Indian Civil Veterinary Department memoirs
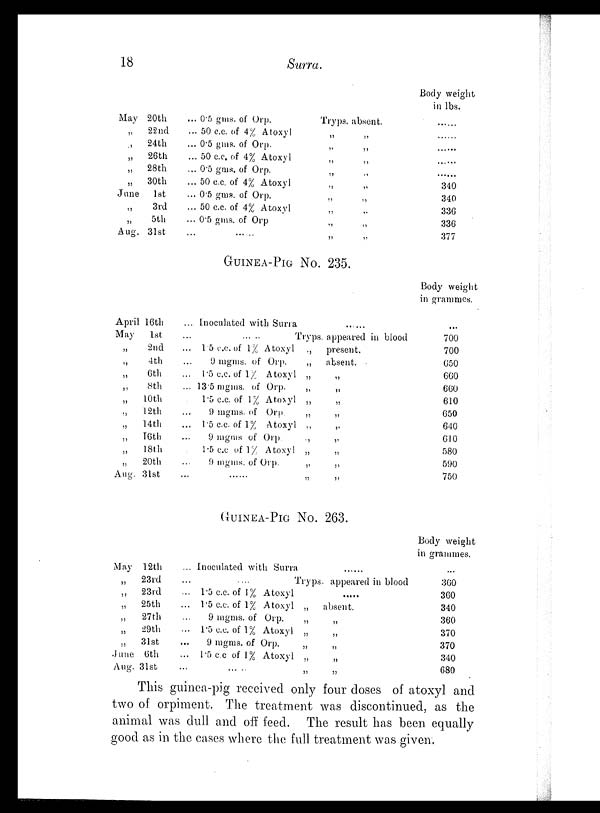
18
Surra.
May 20th
„
22nd
„
24th
„
26th
„
28th
„
30th
June
1st
„
3rd
„
5th
Aug.31st
... 0.5 gms. of Orp.
... 50 c.c. of 4% Atoxyl
... 0.5 gms. of Orp.
... 50 c.c. of 4% Atoxyl
... 0.5 gms. of Orp.
... 50 c.c. of 4% Atoxyl
... 0.5 gms. of Orp.
... 50 c.c of 4% Atoxyl
... 0.5 gms. of Orp
... ... ...
Tryps.
„
„
„
„
„
„
„
„
„
absent.
„
„
„
„
„
„
„
„
„
Body weight
in lbs.
... ...
... ...
... ...
... ...
... ...
340
340
336
336
377
GUINEA-PIG NO. 235.
April 16th
May
1st
„
2nd
„
4th
„
6th
„
8th
„ 10th
„ 12th
„ 14th
„ 16th
„ 18th
„
20th
Aug. 31st
... Inoculated with Surra
... ...
... ... .. Tryps. appeared in blood
... 15 c.c. of 1% Atoxyl
... 9 mgms. of Orp.
... 1.5 c.c. of 1% Atoxyl
... 13.5 mgms. of Orp.
1.5 c.c. of 1% Atoxyl
9 mgms. of Orp.
... 1.5 c.c. of 1% Atoxyl
... 9 mgms of Orp
1.5 c.c of 1% Atoxyl
... 9 mgms. of Orp.
... ... ...
„
present.
„
absent.
„ „
„ „
„ „
„ „
„ „
„ „
„ „
„ „
„ „
Body weight
in grammes.
...
700
700
650
660
660
610
650
640
610
580
590
750
GUINEA-PIG NO. 263.
May 12th
„
23rd
„
23rd
„
25th
„
27th
„
29th
„ 31st
June 6th
Aug. 31st
... Inoculated with Surra ... ...
... .... Tryps. appeared in blood
... 1.5 c.c. of 1% Atoxyl
... 1.5 c.c. of 1% Atoxyl
... 9 mgms. of Orp.
... 1.5 c.c. of 1% Atoxyl
... 9 mgms. of Orp.
... 1.5 c.c of 1% Atoxyl
... ... ..
.....
„
absent.
„ „
„ „
„ „
„ „
„ „
Body weight
in grammes.
...
360
360
340
360
370
370
340
680
This guinea-pig received only four doses of atoxyl and
two of orpiment. The treatment was discontinued, as the
animal was dull and off feed. The result has been equally
good as in the cases where the full treatment was given.